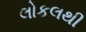
લોકલથી